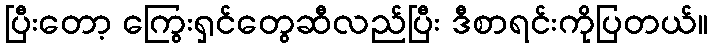
ပြီးတော့ ကြွေးရှင်တွေဆီလည်ပြီး ဒီစာရင်းကိုပြတယ်။